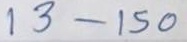
13 - 150